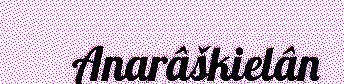
Anarâškielân